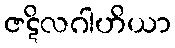
ဇဋိလဂါဟိယာ